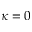
\kappa = 0